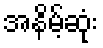
အနိမ့်ဆုံး